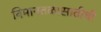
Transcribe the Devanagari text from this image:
विमानतळासाठीची